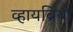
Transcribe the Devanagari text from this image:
व्हायब्रियो